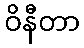
ဝိနီတာ